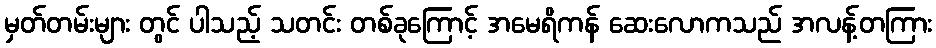
မှတ်တမ်းများ တွင် ပါသည့် သတင်း တစ်ခုကြောင့် အမေရိကန် ဆေးလောကသည် အလန့်တကြား